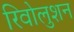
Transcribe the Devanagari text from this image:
रिवोलुशन